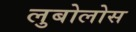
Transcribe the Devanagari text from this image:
लुबोलोस